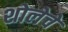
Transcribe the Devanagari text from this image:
शोलेचे